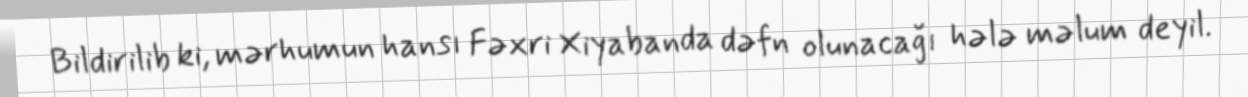
Bildirilib ki, mərhumun hansı Fəxri Xiyabanda dəfn olunacağı hələ məlum deyil.